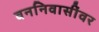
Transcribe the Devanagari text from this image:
वननिवासींवर